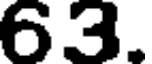
63.